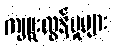
ကျူးလွန်မှုများ